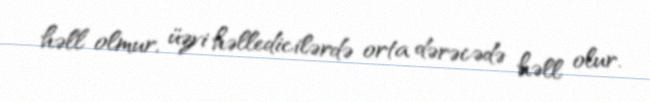
həll olmur, üzvi həlledicilərdə orta dərəcədə həll olur.